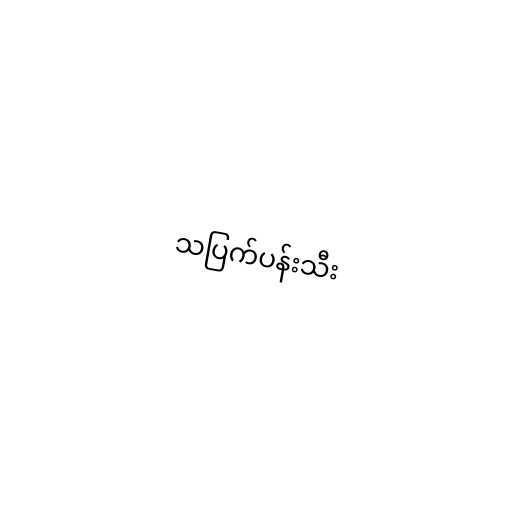
သပြက်ပန်းသီး